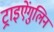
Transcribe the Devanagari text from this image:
ट्राइऐंगुलिन